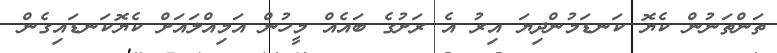
ތަންތަނުން ކެޔޮ ކަނޑަމުންދިޔަ އިރު އެ ރަށުގެ ބައެއް މީހުން އަމިއްލައަށް ކެޔޮކަނޑައިގެން